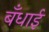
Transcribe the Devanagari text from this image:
बँधाई